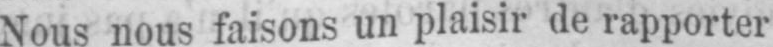
Nous nous faisons un plaisir de rapporter